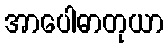
အာပေါဓာတုယာ